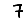
Digit: 7